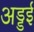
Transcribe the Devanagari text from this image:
अड्डई